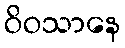
ဝိဝသာနေ